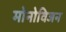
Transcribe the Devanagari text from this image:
मोनोविजन